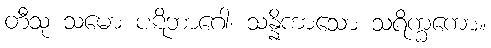
တီသု သမော ပဋိဘာဂေါ၊ သန္နိကာသော သရိက္ခကော။